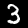
Digit: 3